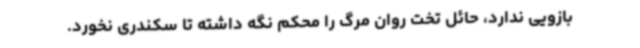
بازویی ندارد، حائل تخت روان مرگ را محکم نگه داشته تا سکندری نخورد.